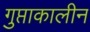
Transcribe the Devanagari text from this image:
गुप्ताकालीन